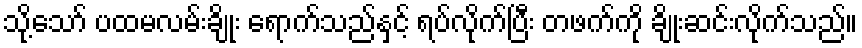
သို့သော် ပထမလမ်းချိုး ရောက်သည်နှင့် ရပ်လိုက်ပြီး တဖက်ကို ချိုးဆင်းလိုက်သည်။